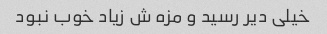
خیلی دیر رسید و مزه ش زیاد خوب نبود